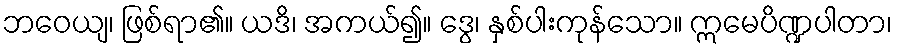
ဘဝေယျ၊ ဖြစ်ရာ၏။ ယဒိ၊ အကယ်၍။ ဒွေ၊ နှစ်ပါးကုန်သော။ ဣမေပိဏ္ဍပါတာ၊